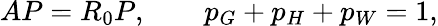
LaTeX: AP=R_{0}P,\qquad p_{G}+p_{H}+p_{W}=1,